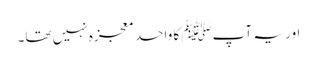
اور یہ آپﷺ کا واحد معجزہ نہیں تھا۔